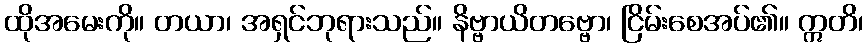
ထိုအမေးကို။ တယာ၊ အရှင်ဘုရားသည်။ နိဗ္ဗာယိတဗ္ဗော၊ ငြိမ်းစေအပ်၏။ ဣတိ၊